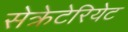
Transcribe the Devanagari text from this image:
सेक्रेटेरियेट